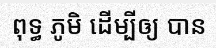
ពុទ្ធ ភូមិ ដើម្បីឲ្យ បាន